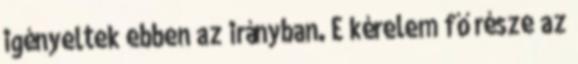
igényeltek ebben az irányban. E kérelem fő része az